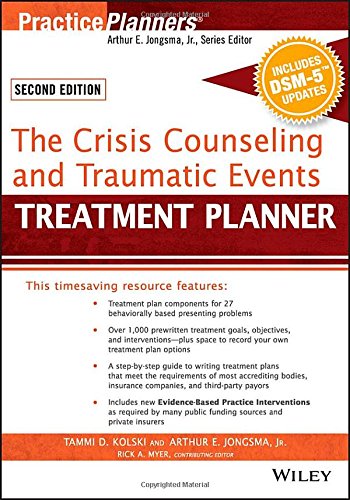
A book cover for The Crisis Counseling and Traumatic Events Treatment Planner, with DSM-5 Updates, 2nd Edition (PracticePlanners); Tammi D. Kolski; Medical Books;